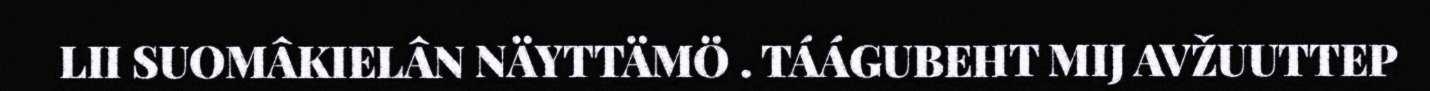
LII SUOMÂKIELÂN NÄYTTÄMÖ . TÁÁGUBEHT MIJ AVŽUUTTEP